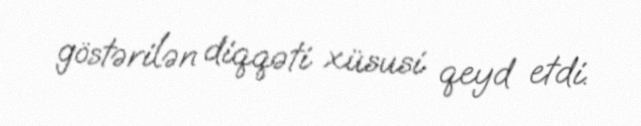
göstərilən diqqəti xüsusi qeyd etdi.